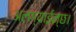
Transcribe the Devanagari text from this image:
अलग्याईन्छ।